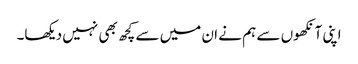
اپنی آنکھوں سے ہم نے ان میں سے کچھ بھی نہیں دیکھا۔